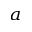
^ a